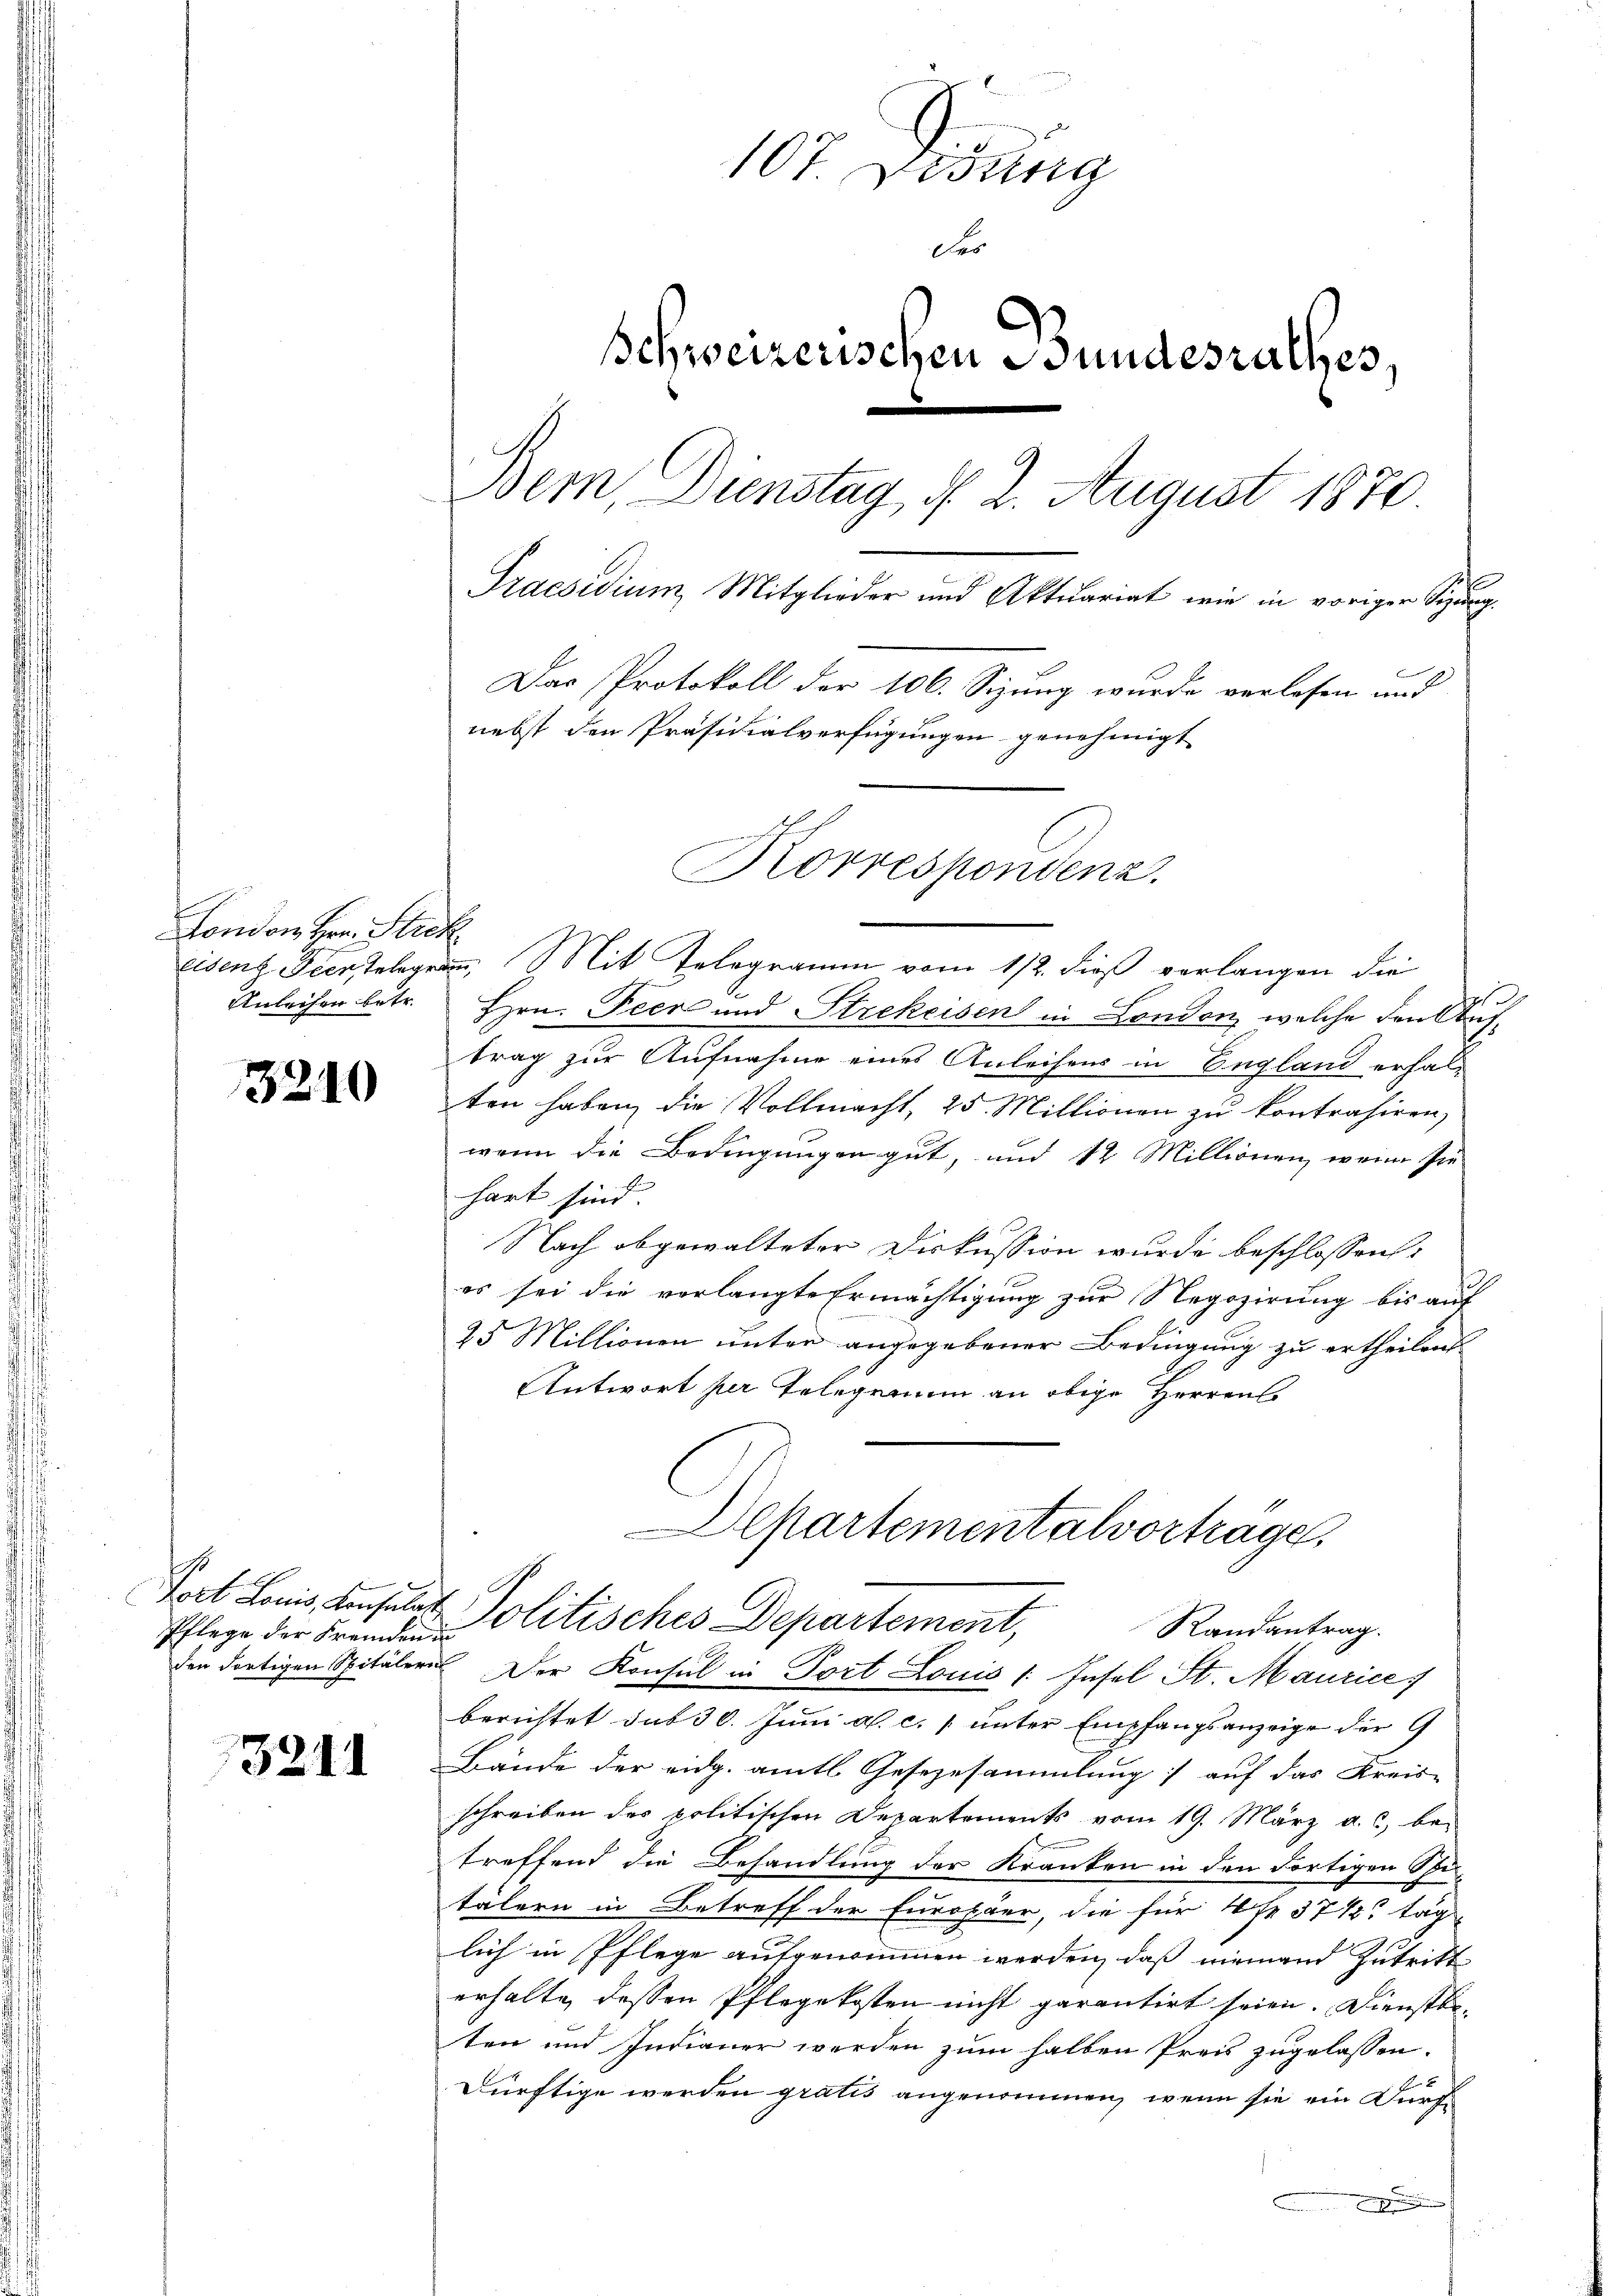
London Hrn. Stick
Anleihen betr.

3210

Poct Louis, Konsulat
Pflege der Fremden in

3211

107. Didung
der
Schweizerischen Bundesrathes,
Bern, Dienstag d. 2. August 1870
Praesidium Mitglieder und Aktuariat wie in voriger Sitzung.
.
Das Protokoll der 106. Sizung wurde verlesen und
nebst den Präsidialverfügungen genehmigt
Korrespondenz.

e
Hrn. Peer und Strekeisen in London, welche den Auftrag zur Aufnahme eines Anleihens in England erhal-
ten haben, die Vollmacht, 25. Millionen zu kontrahiren,
wenn die Bedingungen gut, und 12 Millionen, wenn sie
hart sind.
Nach abgewalteten Diskussion wurde beschlossen:
es sei die vorlangte Ermächtigung zur Negozirung bis auf
25 Millionen unter angegebener Bedingung zu ertheilen
Antwort per Telegramm an obige Herrens
den dortigen Spitälern Der Konsul in Port Louis /: Insel St. Maurice
berichtet sub 30. Juni a. c. unter Empfangsanzeige der G
Bände der eidg. amtl. Gesezesammlung auf das Kreis-
schreiben des politischen Departements vom 19. März a. c. be-
treffend die Behandlung der Kranken in den Fortigen Schutälern in Betreff der Europäer, die für 4 Fr. 37 1/2 täg
lich in Pflege aufgenommen werden, daß niemand Zutritt
erhalte dessen Pflegekosten nicht garantirt seien. Dienstbeten und Indianer werden zum halben Preis zugelassen.
dürftige werden gratis angenommen, wenn sie ein Dürf¬

Eisenz Feerstelegram Mit Telegramm vom 112. dieß verlangen die

Departementalvorträge,
Politisches Departement,
Randantrag.